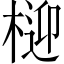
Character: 𭪧